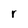
Character: r